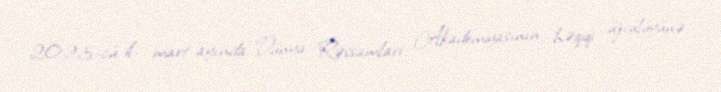
2023-cü il, mart ayında Dünya Rəssamları Akademiyasının həqiqi üzvülüyünə